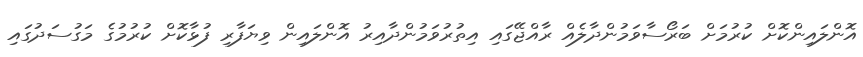
އޮންލައިންކޮށް ކުރުމަށް ބަރޯސާވަމުންދާލެއް ރާއްޖޭގައި އިތުރުވަމުންދާއިރު އޮންލައިން ވިޔަފާރި ފުޅާކޮށް ކުރުމުގެ މަގުސަދުގައި